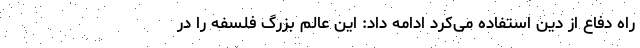
راه دفاع از دین استفاده می‌کرد ادامه داد: این عالم بزرگ فلسفه را در